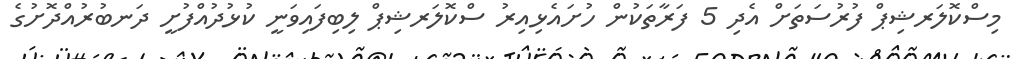
މިސްކޮލަރޝިޕް ފުރުސަތަށް އެދި 5 ފަރާތަކުން ހުށައެޅިއިރު ސްކޮލަރޝިޕް ލިބިފައިވަނީ ކުޅުދުއްފުށީ ދަނބުރުއްދޮށުގެ